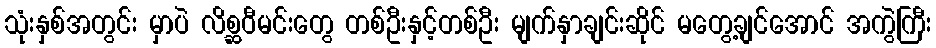
သုံးနှစ်အတွင်း မှာပဲ လိစ္ဆဝီမင်းတွေ တစ်ဦးနှင့်တစ်ဦး မျက်နှာချင်းဆိုင် မတွေ့ချင်အောင် အကွဲကြီး